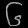
Digit: ၆